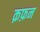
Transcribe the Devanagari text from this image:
क़फ़न